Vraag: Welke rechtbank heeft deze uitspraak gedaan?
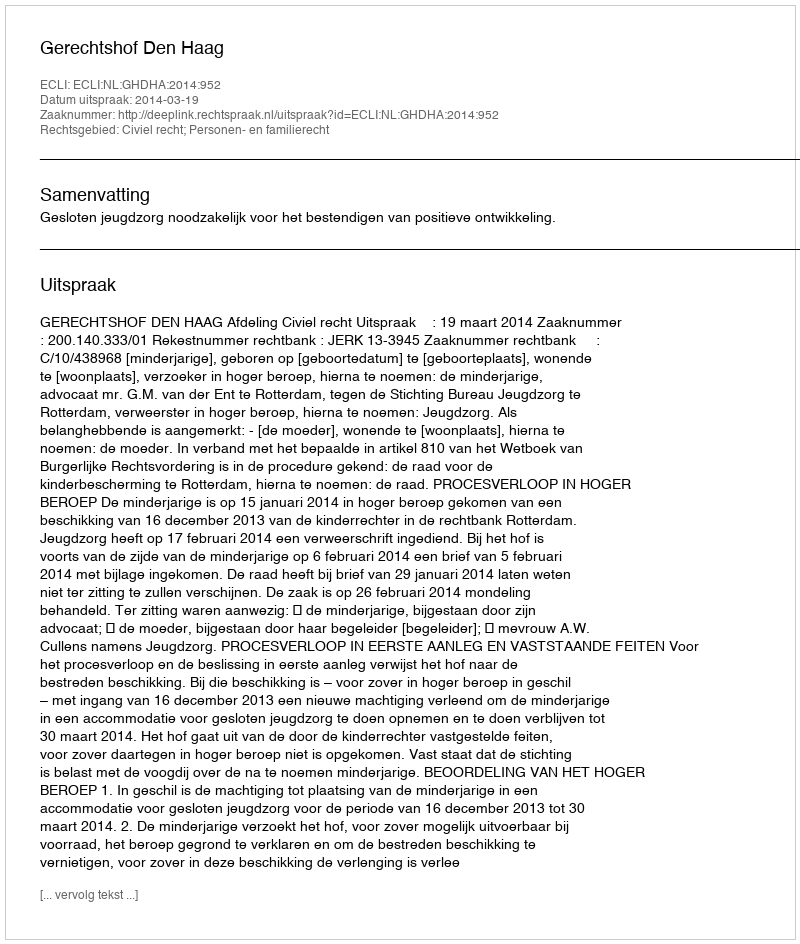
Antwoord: Gerechtshof Den Haag